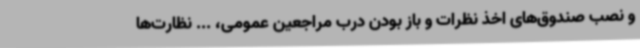
و نصب صندوق‌های اخذ نظرات و باز بودن درب مراجعین عمومی، ... نظارت‌ها